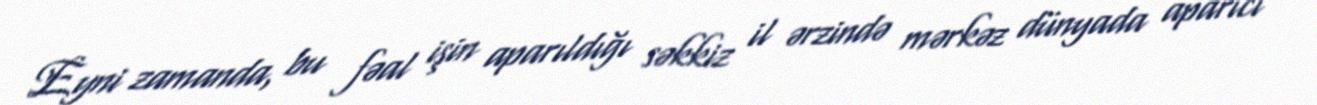
Eyni zamanda, bu fəal işin aparıldığı səkkiz il ərzində mərkəz dünyada aparıcı